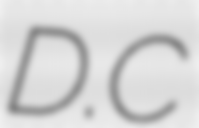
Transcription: D.C